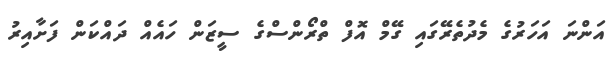
އަންނަ އަހަރުގެ މެދުތެރޭގައި ގޭމް އޮފް ތްރޯންސްގެ ސީޒަން ހައެއް ދައްކަން ފަށާއިރު